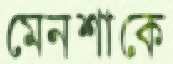
মেনশাকে